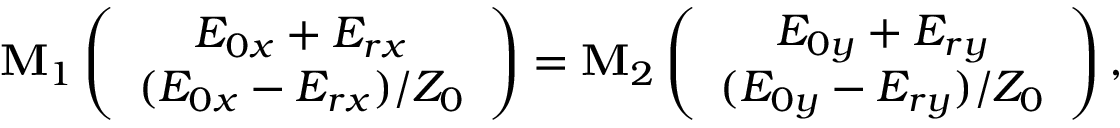
\mathbf M _ { 1 } \left( \begin{array} { c } { E _ { 0 x } + E _ { r x } } \\ { ( E _ { 0 x } - E _ { r x } ) / Z _ { 0 } } \end{array} \right) = \mathbf M _ { 2 } \left( \begin{array} { c } { E _ { 0 y } + E _ { r y } } \\ { ( E _ { 0 y } - E _ { r y } ) / Z _ { 0 } } \end{array} \right) ,